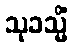
သုခသ္မိံ